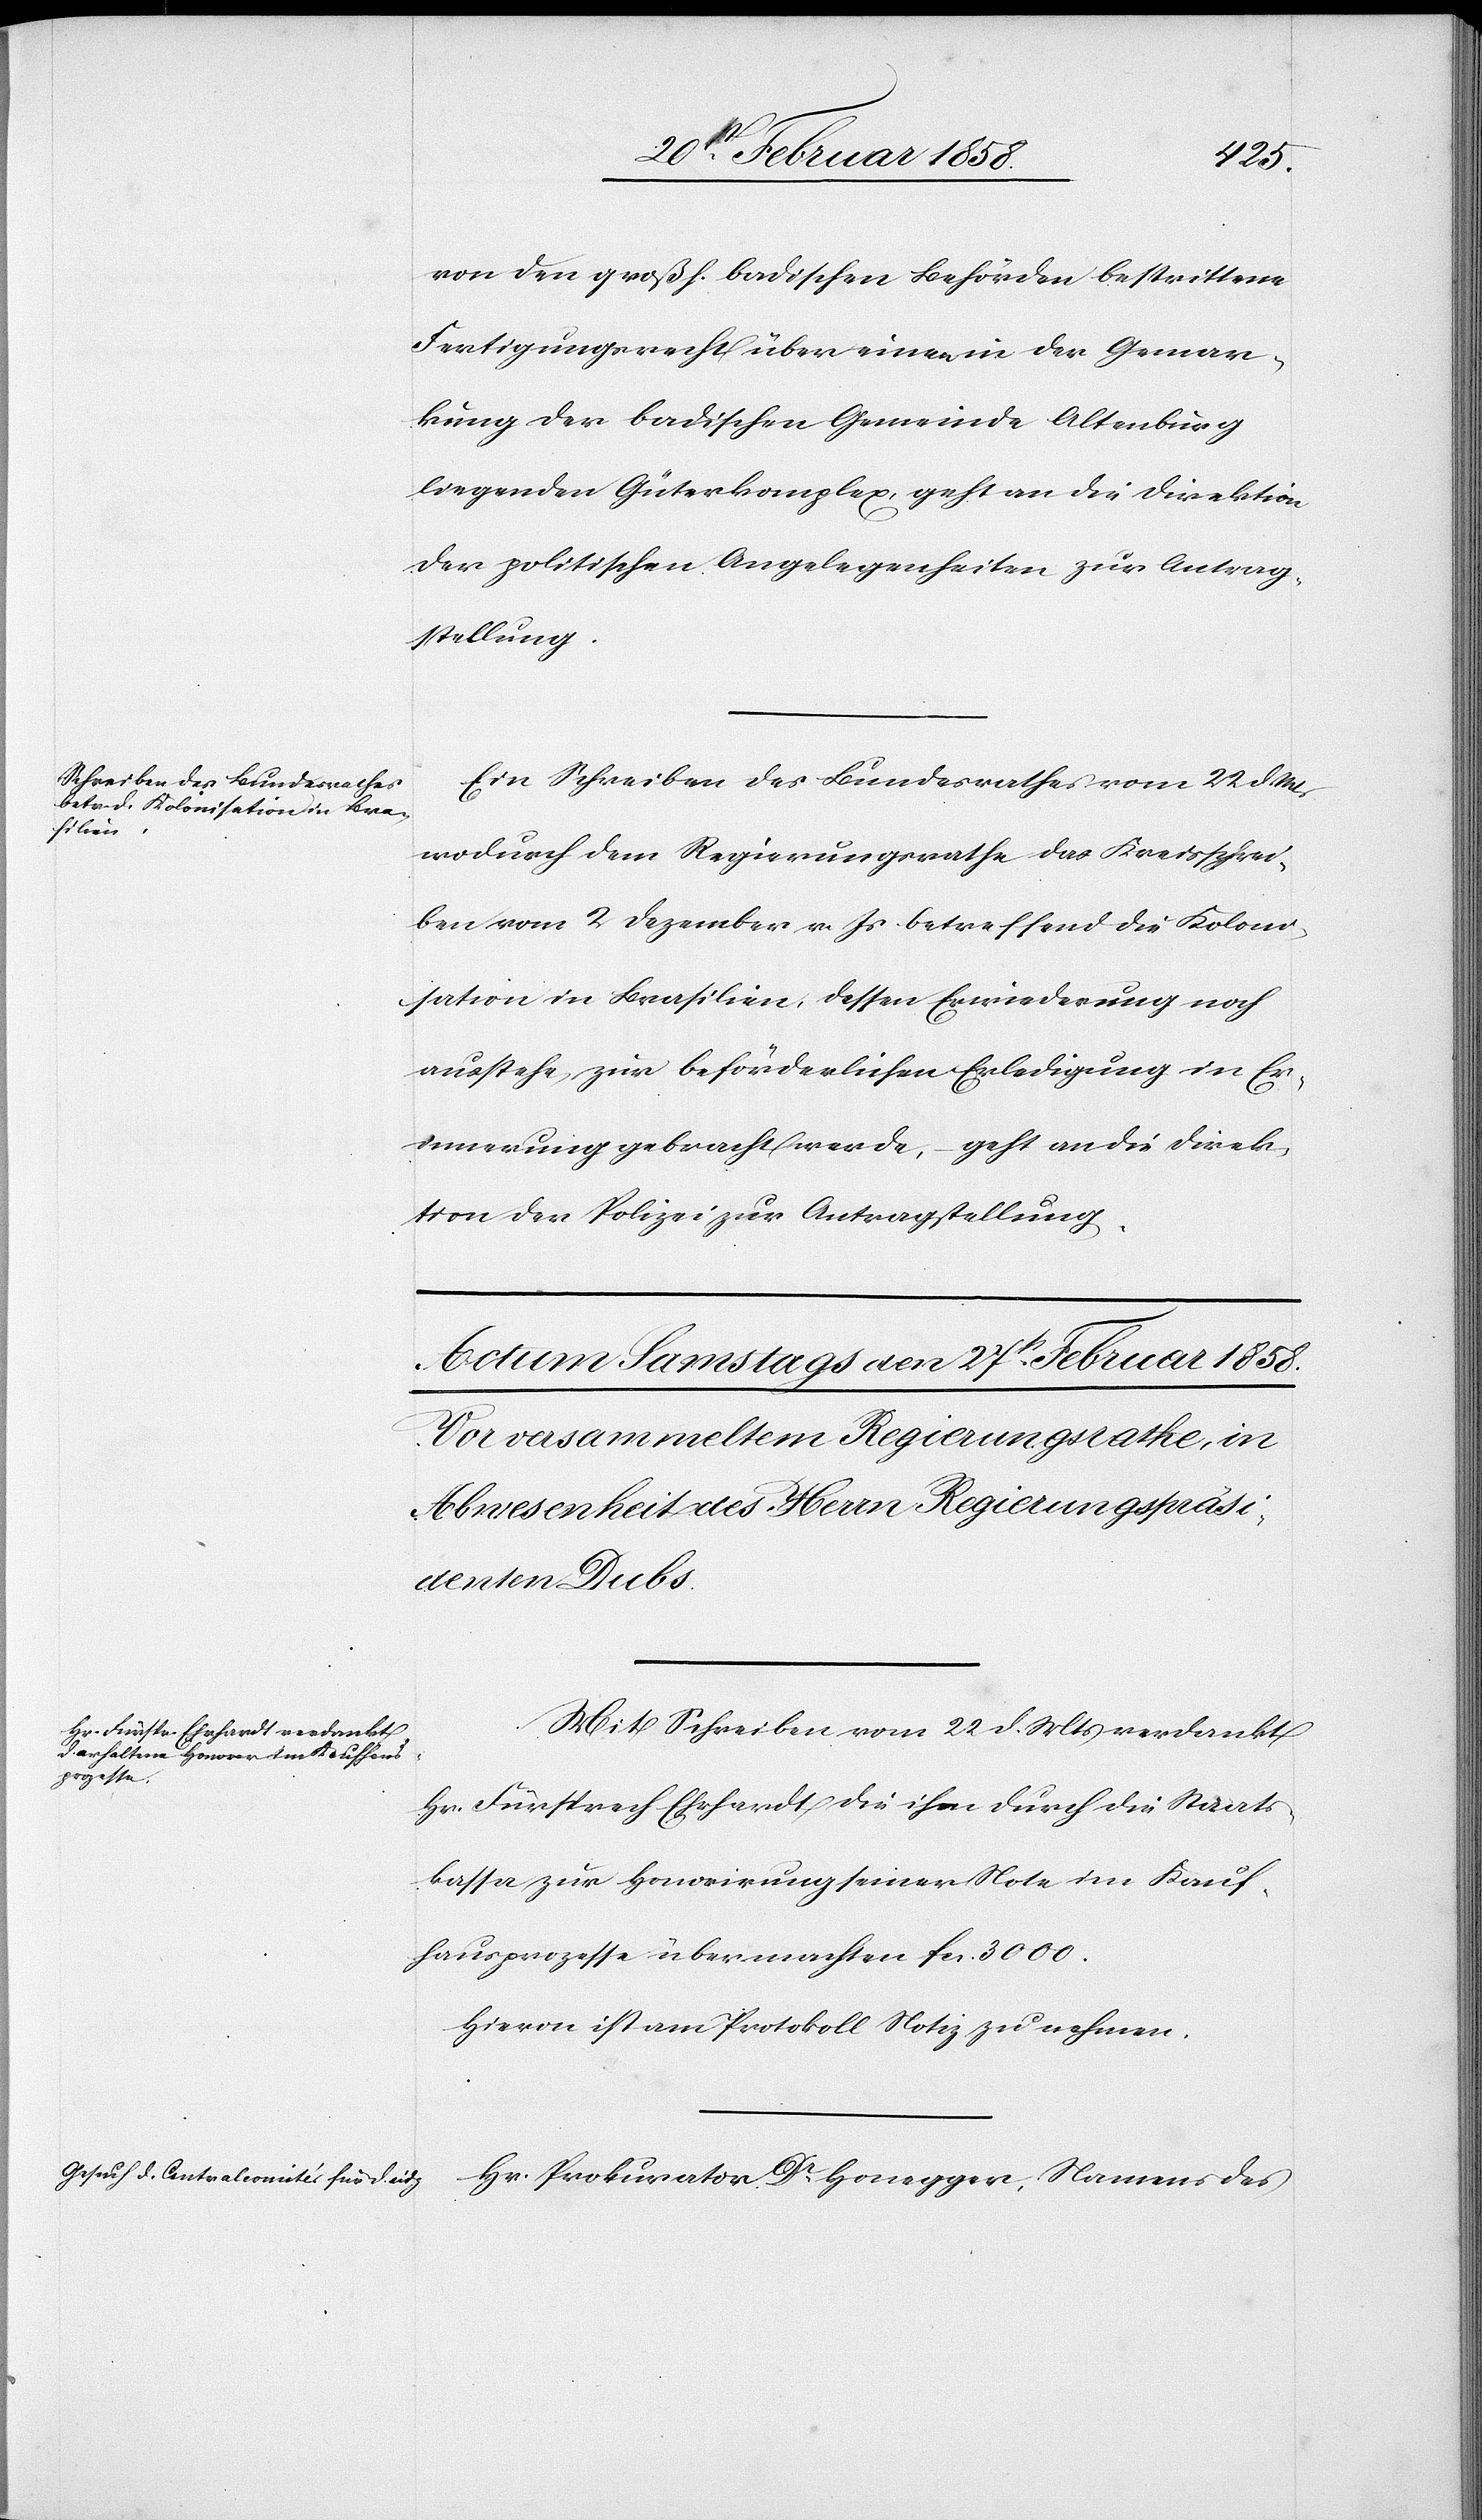
24 Februar 1858.]
von den großh. badischen Behörden bestrittene
Fertigungsrecht über einen in der Gemar¬
kung der badischen Gemeinde Altenburg
liegenden Güterkomplex, geht an die Direktion
der politischen Angelegenheiten zur Antrag¬
stellung.
Ein Schreiben des Bundesrathes vom 22 d. Mts
wodurch dem Regierungsrathe das Kreisschrei¬
ben vom 2 Dezember v. Js betreffend die Koloni¬
sation in Brasilien, dessen Erwiederung noch
ausstehe, zur beförderlichen Erledigung in Er¬
innerung gebracht werde, geht an die Direk¬
tion der Polizei zur Antragstellung.
Mit Schreiben vom 22 d. Mts verdankt
Hr. Fürsprech Ehrhardt die ihm durch die Staats¬
kassa zur Honorirung seiner Note im Kauf¬
hausprozesse übermachten fcs. 3000.
Hievon ist am Protokoll Notiz zu nehmen.
Hr. Prokurator Dr Honegger, Namens des